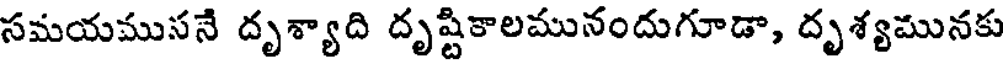
సమయముసనే దృశ్యాది దృష్టికాలమునందుగూడా, దృశ్యమునకు